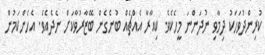
ކުރިންދުވަހަކު ދިމާވި ނުދަންނަ މީހެކެވެ. ކިއާރާ އެއްޗެއް ބުނެގެން ބޭޒާރުވާކަށް ނެދެއެވެ. އެހެންކަމުން